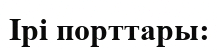
Ірі порттары: